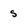
Character: s